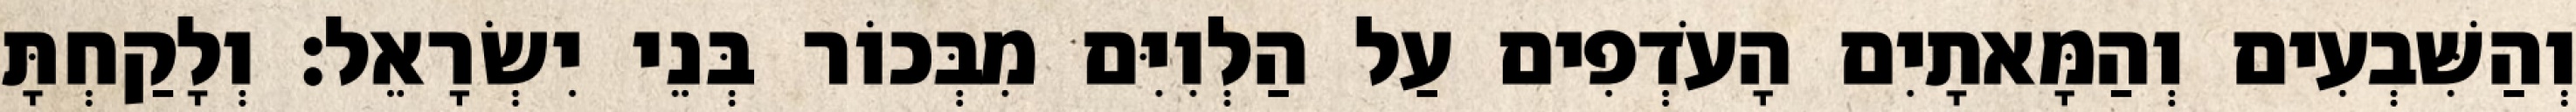
וְהַשִּׁבְעִים וְהַמָּאתָיִם הָעֹדְפִים עַל הַלְוִיִּם מִבְּכוֹר בְּנֵי יִשְׂרָאֵל׃ וְלָקַחְתָּ